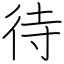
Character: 待